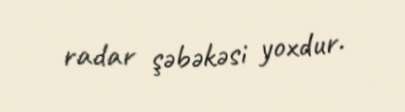
radar şəbəkəsi yoxdur.